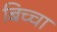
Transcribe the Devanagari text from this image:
बिच्चा